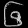
Digit: ၆